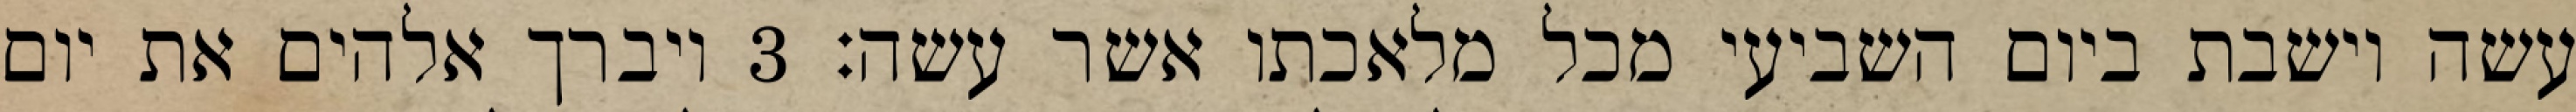
עשה וישבת ביום השביעי מכל מלאכתו אשר עשה׃ ‎3‏ ויברך אלהים את יום